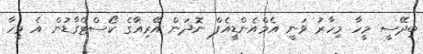
ބިދޭސީ މީހާ މިހާރު ވަނީ އެމްއެންޑީއެފް ނޮދަން އޭރިއާގެ ކޯސްޓްގާޑުން އެ މީހާ